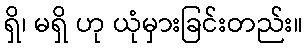
ရှိ၊ မရှိ ဟု ယုံမှားခြင်းတည်း။